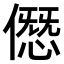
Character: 𠎱